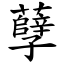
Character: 孽